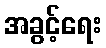
အခွင့်ရေး